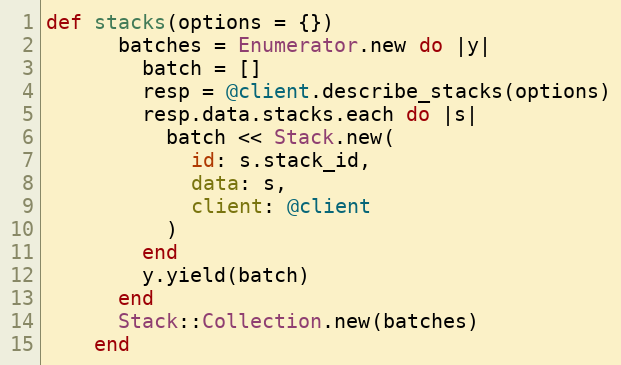
Language: Ruby
def stacks(options = {})
      batches = Enumerator.new do |y|
        batch = []
        resp = @client.describe_stacks(options)
        resp.data.stacks.each do |s|
          batch << Stack.new(
            id: s.stack_id,
            data: s,
            client: @client
          )
        end
        y.yield(batch)
      end
      Stack::Collection.new(batches)
    end